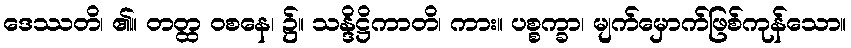
ဒေဿတိ၊ ၏။ တတ္ထ ဝစနေ၊ ၌။ သန္ဒိဋ္ဌိကာတိ၊ ကား။ ပစ္စက္ခာ၊ မျက်မှောက်ဖြစ်ကုန်သော။